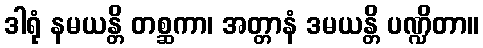
ဒါရုံ နမယန္တိ တစ္ဆကာ၊ အတ္တာနံ ဒမယန္တိ ပဏ္ဍိတာ။